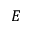
E